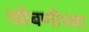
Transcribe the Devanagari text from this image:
खोबणीच्या